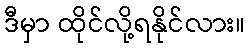
ဒီမှာ ထိုင်လို့ရနိုင်လား။